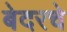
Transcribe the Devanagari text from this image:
बेदरचे